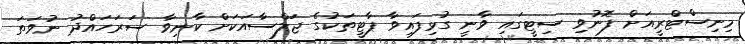
މިނިސްޓްރީއަށް ފޮނުވި ސިޓީގައި ވާނީ ގުޅިފައިވާ ޕާޓީތަކުގެ ޖަލްސާއަކަށް ކާނިވާ ސަރަހައްދު ނުވަތަ